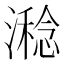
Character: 𣿇